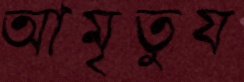
আমৃতুয